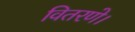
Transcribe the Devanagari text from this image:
वितरणे।